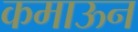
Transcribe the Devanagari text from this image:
कमाऊन